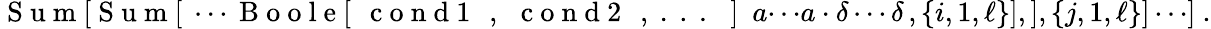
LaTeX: \mathrm{~S~u~m~[~S~u~m~[~}\cdots\mathrm{~B~o~o~l~e~[~\, ~c~o~n~d~1~\, ~,~\, ~c~o~n~d~2~\, ~,~.~.~.~\, ~]~}\ a{\cdots}a\cdot\delta\cdots\delta\, ,\{ i,1,\ell\} ],],\{ j,1,\ell\} ]\cdots]\ .